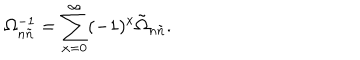
\Omega _ { n \tilde { n } } ^ { - 1 } = \sum _ { x = 0 } ^ { \infty } ( - 1 ) ^ { x } \tilde { \Omega } _ { n \tilde { n } } .